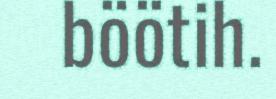
böötih.